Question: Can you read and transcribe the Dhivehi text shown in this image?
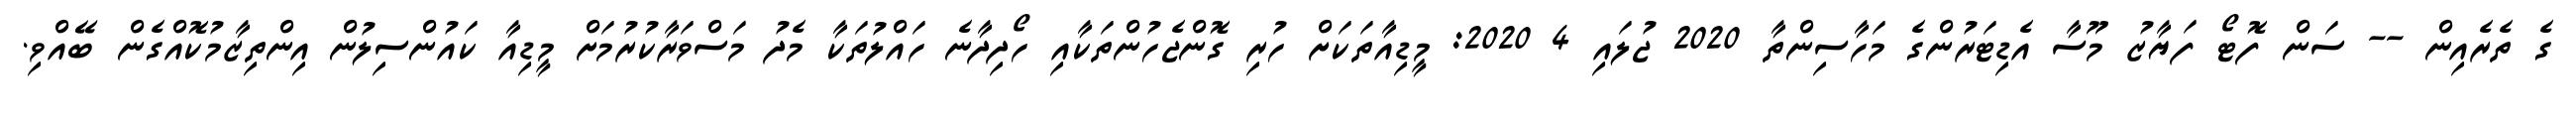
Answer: ގެ ތެރެއިން -- ސަން ފޮޓޯ ފަޔާޒު މޫސާ އެޑިޓަރުންގެ މަހާސިންތާ 2020 ޖުލައި 4 2020: މީޑިއާތަކަށް ހުރި ގޮންޖެހުންތަކާއި ހޯދިދާނެ ހައްލުތަކާ މެދު މަސްވަރާކުރުމަށް މީޑިއާ ކައުންސިލުން އިންތިޒާމުކޮއްގެން ބޭއްވި.